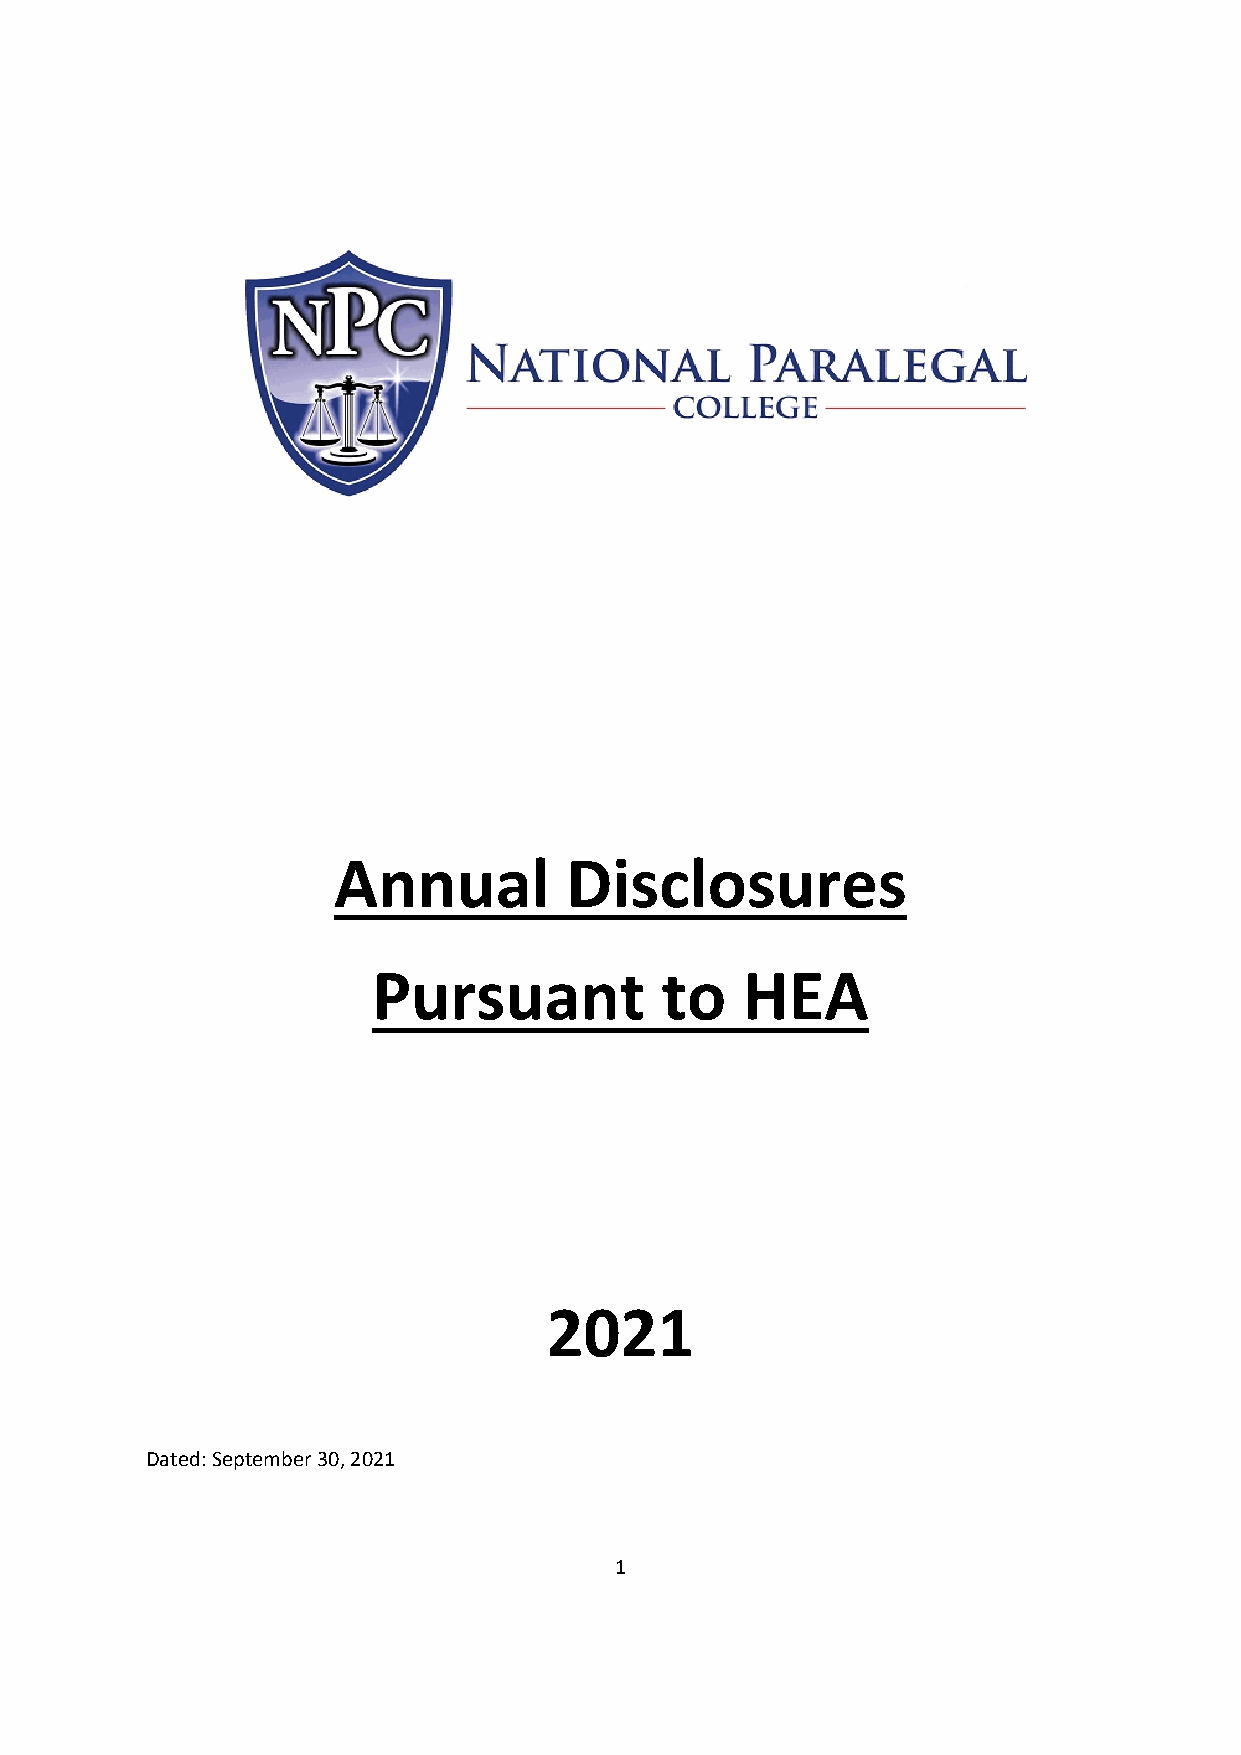
Annual         Disclosures
 Pursuant           to   HEA
 20
 21
 Dated: September 30, 2021
 1